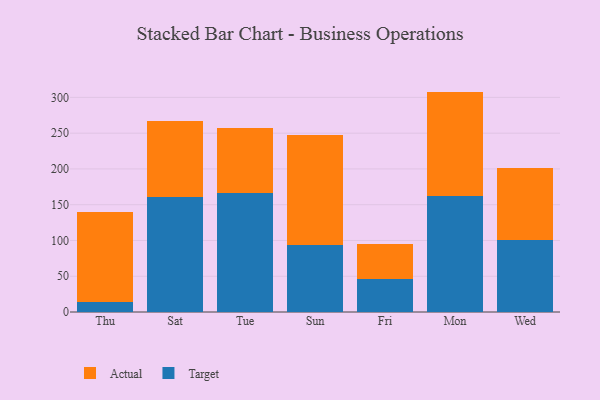
{"axis": {"x": "Day", "y": "Backlog"}, "legend": ["Actual", "Target"], "data": [{"x": "Thu", "y": 14.5, "type": "Target"}, {"x": "Thu", "y": 125.8, "type": "Actual"}, {"x": "Sat", "y": 160.2, "type": "Target"}, {"x": "Sat", "y": 107.3, "type": "Actual"}, {"x": "Tue", "y": 166.7, "type": "Target"}, {"x": "Tue", "y": 90.4, "type": "Actual"}, {"x": "Sun", "y": 93.5, "type": "Target"}, {"x": "Sun", "y": 153.4, "type": "Actual"}, {"x": "Fri", "y": 46.8, "type": "Target"}, {"x": "Fri", "y": 48.0, "type": "Actual"}, {"x": "Mon", "y": 162.4, "type": "Target"}, {"x": "Mon", "y": 145.7, "type": "Actual"}, {"x": "Wed", "y": 100.1, "type": "Target"}, {"x": "Wed", "y": 101.0, "type": "Actual"}]}